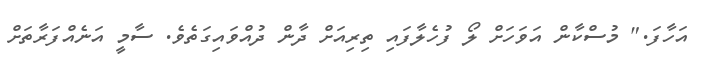
އަހާފަ." މުސްކާން އަވަހަށް ލޯ ފުހެލާފައި ތިރިއަށް ދާން ދުއްވައިގަތެވެ. ސާމީ އަނެއްފަރާތަށް